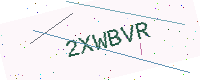
Text: 2XWBVR